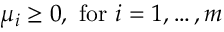
\mu _ { i } \geq 0 , { \mathrm { ~ f o r ~ } } i = 1 , \ldots , m